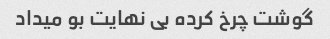
گوشت چرخ کرده بی نهایت بو میداد